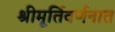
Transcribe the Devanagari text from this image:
श्रीमूर्तिवर्णनात